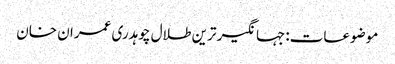
موضوعات:جہانگیر ترین طلال چوہدری عمران خان